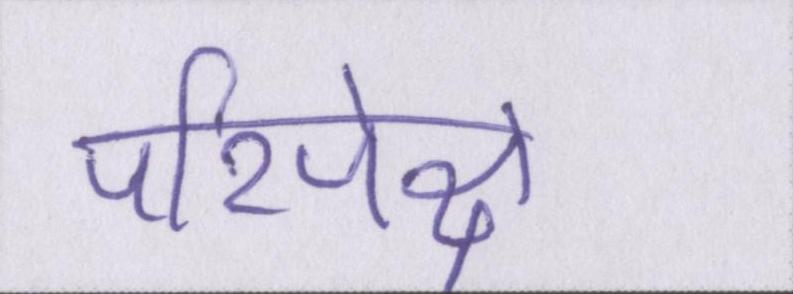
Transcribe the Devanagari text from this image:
परिपेक्ष